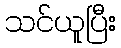
သင်ယူပြီး